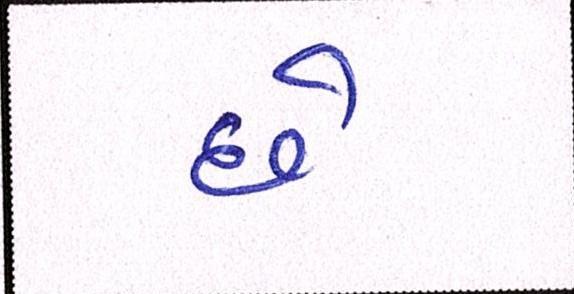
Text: છેઃ